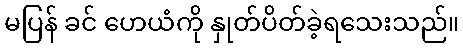
မပြန် ခင် ဟေယံကို နှုတ်ပိတ်ခဲ့ရသေးသည်။